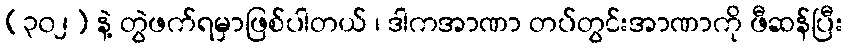
(၃၀၂) နဲ့ တွဲဖက်ရမှာဖြစ်ပါတယ် ၊ ဒါကအာဏာ တပ်တွင်းအာဏာကို ဖီဆန်ပြီး